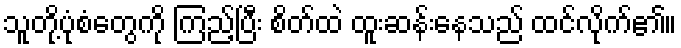
သူတို့ပုံစံတွေကို ကြည့်ပြီး စိတ်ထဲ ထူးဆန်းနေသည် ထင်လိုက်၏။